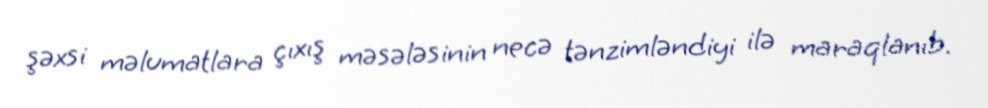
şəxsi məlumatlara çıxış məsələsinin necə tənzimləndiyi ilə maraqlanıb.